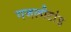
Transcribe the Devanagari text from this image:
गजलीटांड